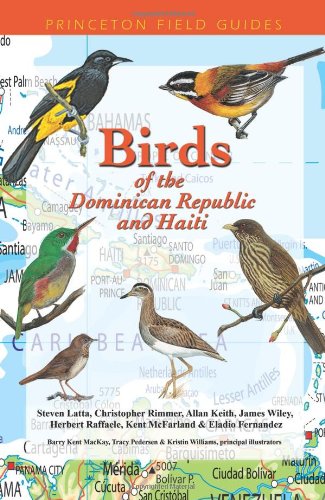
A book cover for Birds of the Dominican Republic and Haiti (Princeton Field Guides); Steven Latta; History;